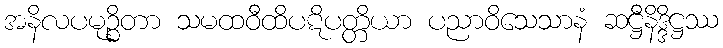
အနိလပမုဉ္စိတာ သမထဝီထိပဋိပတ္တိယာ ပညာဝိသေသာနံ ဆဋ္ဌီနိဒ္ဒိဋ္ဌဿ